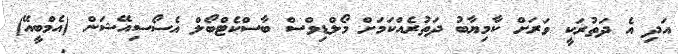
އަދި އެ ދަތުރަކީ ވަރަށް ކާމިޔާބު ދަތުރެއްކަމަށް މޯލްޑިވްސް ބާސްކެޓްބޯލް އެސޯސިއޭޝަން (އެމްބީއޭ)